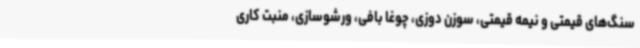
سنگ‌های قیمتی و نیمه قیمتی، سوزن دوزی، چوغا بافی، ورشوسازی، منبت کاری